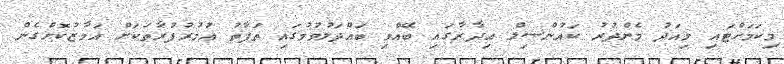
މިކަމަށްޓައި މިއަދު މެންދުރު ކައުންސިލް އިދާރާގައި ބޭއްވި ބައްދަލުވުމުގައި ތަފާތު ޢުމުރުފުރާތަކަށް އަމާޒުކޮށްގެން